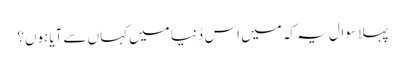
پہلا سوال یہ کہ میں اس دُنیا میں کہاں سے آیاہوں؟